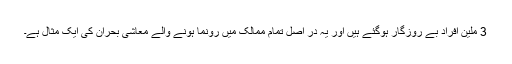
3 ملین افراد بے روزگار ہوگئے ہیں اور یہ در اصل تمام ممالک میں رونما ہونے والے معاشی بحران کی ایک مثال ہے۔